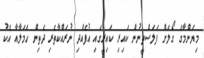
މިޔަންމާގެ ގޯލަށް ފަލަސްތީނުން ކައިރި ކައިރީގައި އުފެއްދި ނުރައްކާތެރި ދެތިން ހަމަލާއާ އެކު